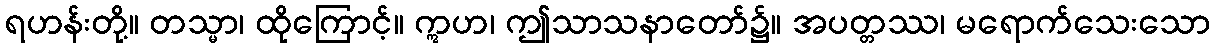
ရဟန်းတို့။ တသ္မာ၊ ထိုကြောင့်။ ဣဟ၊ ဤသာသနာတော်၌။ အပတ္တဿ၊ မရောက်သေးသော